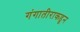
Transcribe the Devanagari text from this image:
गंगातीराकडून